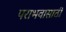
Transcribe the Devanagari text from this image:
पराभवासाठी